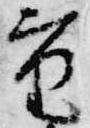
重